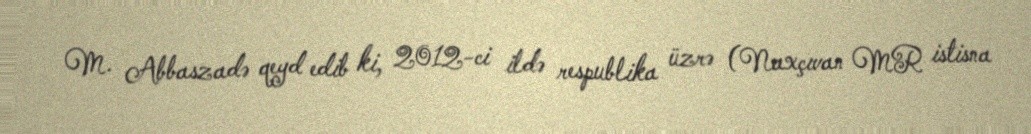
M. Abbaszadə qeyd edib ki, 2012-ci ildə respublika üzrə (Naxçıvan MR istisna